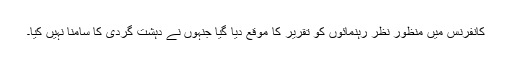
کانفرنس میں منظور نظر رہنمائوں کو تقریر کا موقع دیا گیا جنہوں نے دہشت گردی کا سامنا نہیں کیا۔